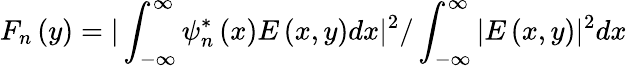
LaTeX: F_{n}\left(y\right)=\vert\int_{-\infty}^{\infty}\psi_{n}^{\ast}\left(x\right)E\left(x,y\right)dx\vert^{2}/\int_{-\infty}^{\infty}\vert E\left(x,y\right)\vert^{2}dx